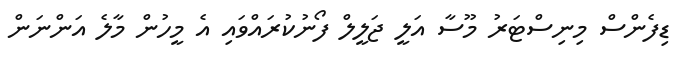
ޑިފެންސް މިނިސްޓަރު މޫސާ އަލީ ޖަލީލް ފޯނުކުރައްވައި އެ މީހުން މާލެ އަންނަން